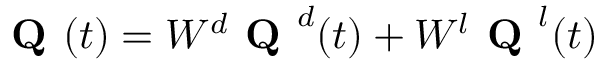
\textbf { Q } ( t ) = W ^ { d } \textbf { Q } ^ { d } ( t ) + W ^ { l } \textbf { Q } ^ { l } ( t )